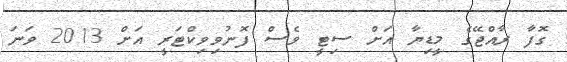
ގޮފާ ރާއްޖޭގެ މީޑިޔާ އަށް ސިޓީ ވެސް ފޮނުވިވިކްޓަރީ އަށް 2013 ވަނަ